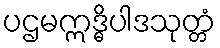
ပဌမဣဒ္ဓိပါဒသုတ္တံ